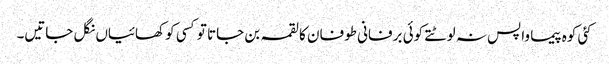
کئی کوہ پیما واپس نہ لوٹتے کوئی برفانی طوفان کا لقمہ بن جاتا تو کسی کو کھائیاں نگل جاتیں۔